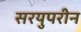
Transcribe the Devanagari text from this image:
सरयुपरीन